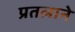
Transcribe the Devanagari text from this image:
प्रतलाने